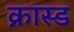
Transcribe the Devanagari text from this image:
क्रास्ड